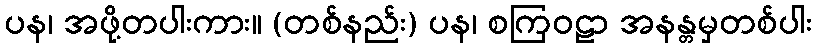
ပန၊ အဖို့တပါးကား။ (တစ်နည်း) ပန၊ စကြဝဠာ အနန္တမှတစ်ပါး